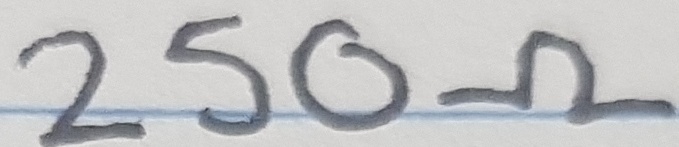
Text: 250Ω